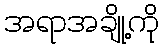
အရာအချို့ကို